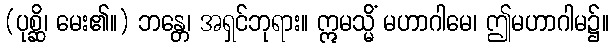
(ပုစ္ဆိ၊ မေး၏။) ဘန္တေ၊ အရှင်ဘုရား။ ဣမသ္မိံ မဟာဂါမေ၊ ဤမဟာဂါမ၌။